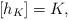
LaTeX: \begin{align*}[ h_K] = K,\end{align*}